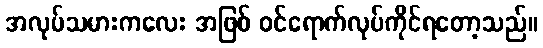
အလုပ်သမားကလေး အဖြစ် ဝင်ရောက်လုပ်ကိုင်ရတော့သည်။